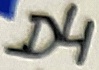
Text: D4